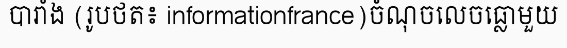
បារាំង (រូបថត៖ informationfrance)ចំណុចលេចធ្លោមួយ